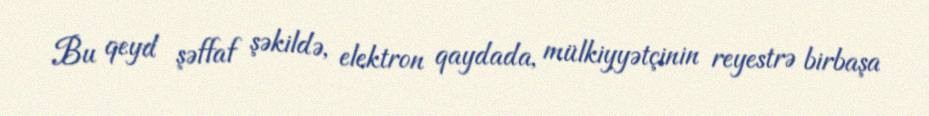
Bu qeyd şəffaf şəkildə, elektron qaydada, mülkiyyətçinin reyestrə birbaşa